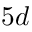
5 d